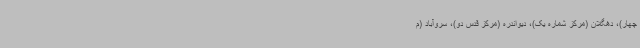
چهار)، دهگلان (مرکز شماره یک)، دیواندره (مرکز قدس دو)، سروآباد (م